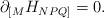
LaTeX: \begin{align*}\partial_{[M} H_{NPQ]} = 0.\end{align*}